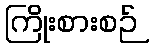
ကြိုးစားစဉ်